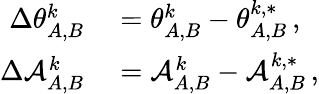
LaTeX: \begin{array}{rl}{\Delta\theta_{A,B}^{k}}&{{}=\theta_{A,B}^{k}-\theta_{A,B}^{k,*}\, ,}\\ {\Delta\mathcal{A}_{A,B}^{k}}&{{}=\mathcal{A}_{A,B}^{k}-\mathcal{A}_{A,B}^{k,*}\, ,}\end{array}